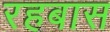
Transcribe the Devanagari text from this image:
रहबास